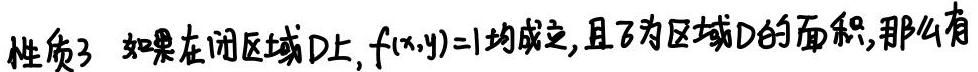
性质3 如果在闭区域D上，$f(x,y)=1$均成立，且$\sigma$为区域D的面积，那么有